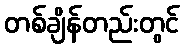
တစ်ချိန်တည်းတွင်